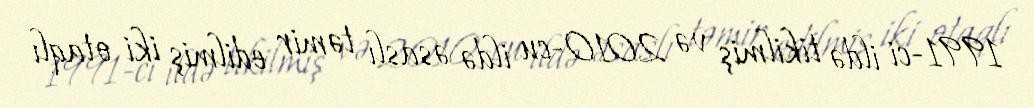
1991-ci ildə tikilmiş və 2010-cu ildə əsaslı təmir edilmiş iki otaqlı